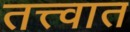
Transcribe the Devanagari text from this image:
तत्त्वात